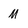
Character: M